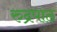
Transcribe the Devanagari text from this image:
रुद्रपाठ